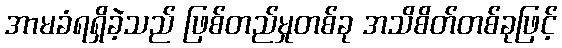
အာမခံရရှိခဲ့သည် ဖြစ်တည်မှုတစ်ခု အသိစိတ်တစ်ခုဖြင့်